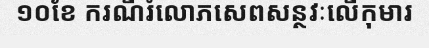
១០ខែ ករណីរំលោភសេពសន្ថវៈលើកុមារ